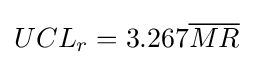
UCL_{r}=3.267{\overline {MR}}